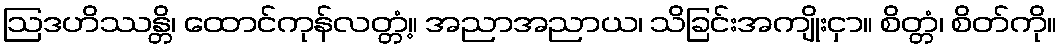
ဩဒဟိဿန္တိ၊ ထောင်ကုန်လတ္တံ့။ အညာအညာယ၊ သိခြင်းအကျိုးငှာ။ စိတ္တံ၊ စိတ်ကို။